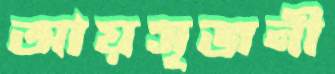
আয়সৃজনী